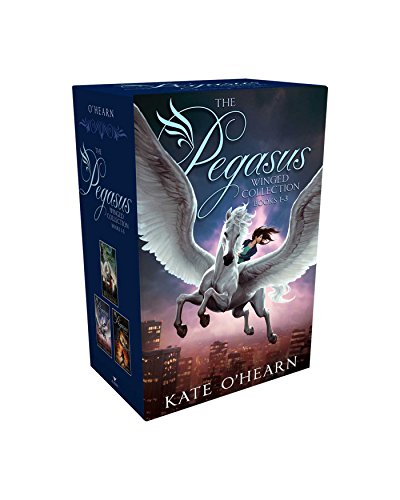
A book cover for The Pegasus Winged Collection Books 1-3: The Flame of Olympus; Olympus at War; The New Olympians; Kate O'Hearn; Children's Books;